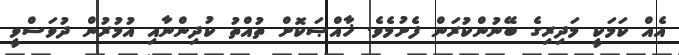
އެއް ކަމަކީ މަދިރިގެ ބޭނުންކުރަން ފެށުމެވެ. ޚާއްޞަކޮށް ތުއްތު ކުދިންނާއި އުމުރުން ދުވަސްވީ